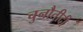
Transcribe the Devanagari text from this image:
चुनौतीदी